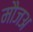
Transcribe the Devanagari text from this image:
मौजअ